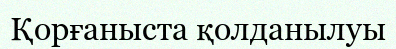
Қорғаныста қолданылуы